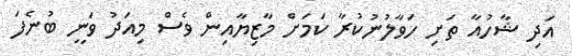
އަދި ޝާހުއާ ތަށި ހަވާލުނުކުރާ ކަމަށް މާޒިޔާއިން ވެސް މިއަދު ވަނީ ބުނެފަ